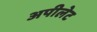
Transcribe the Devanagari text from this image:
अपीलेट